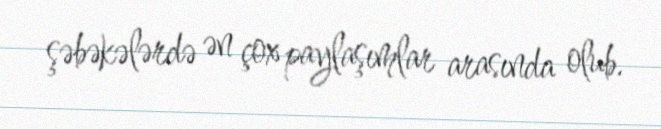
şəbəkələrdə ən çox paylaşımlar arasında olub.